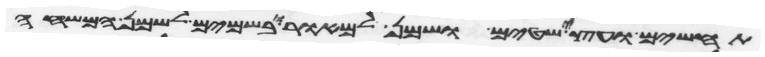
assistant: תחשים ועצי שטים ושמן למאור ובשמים לשמן המשחה